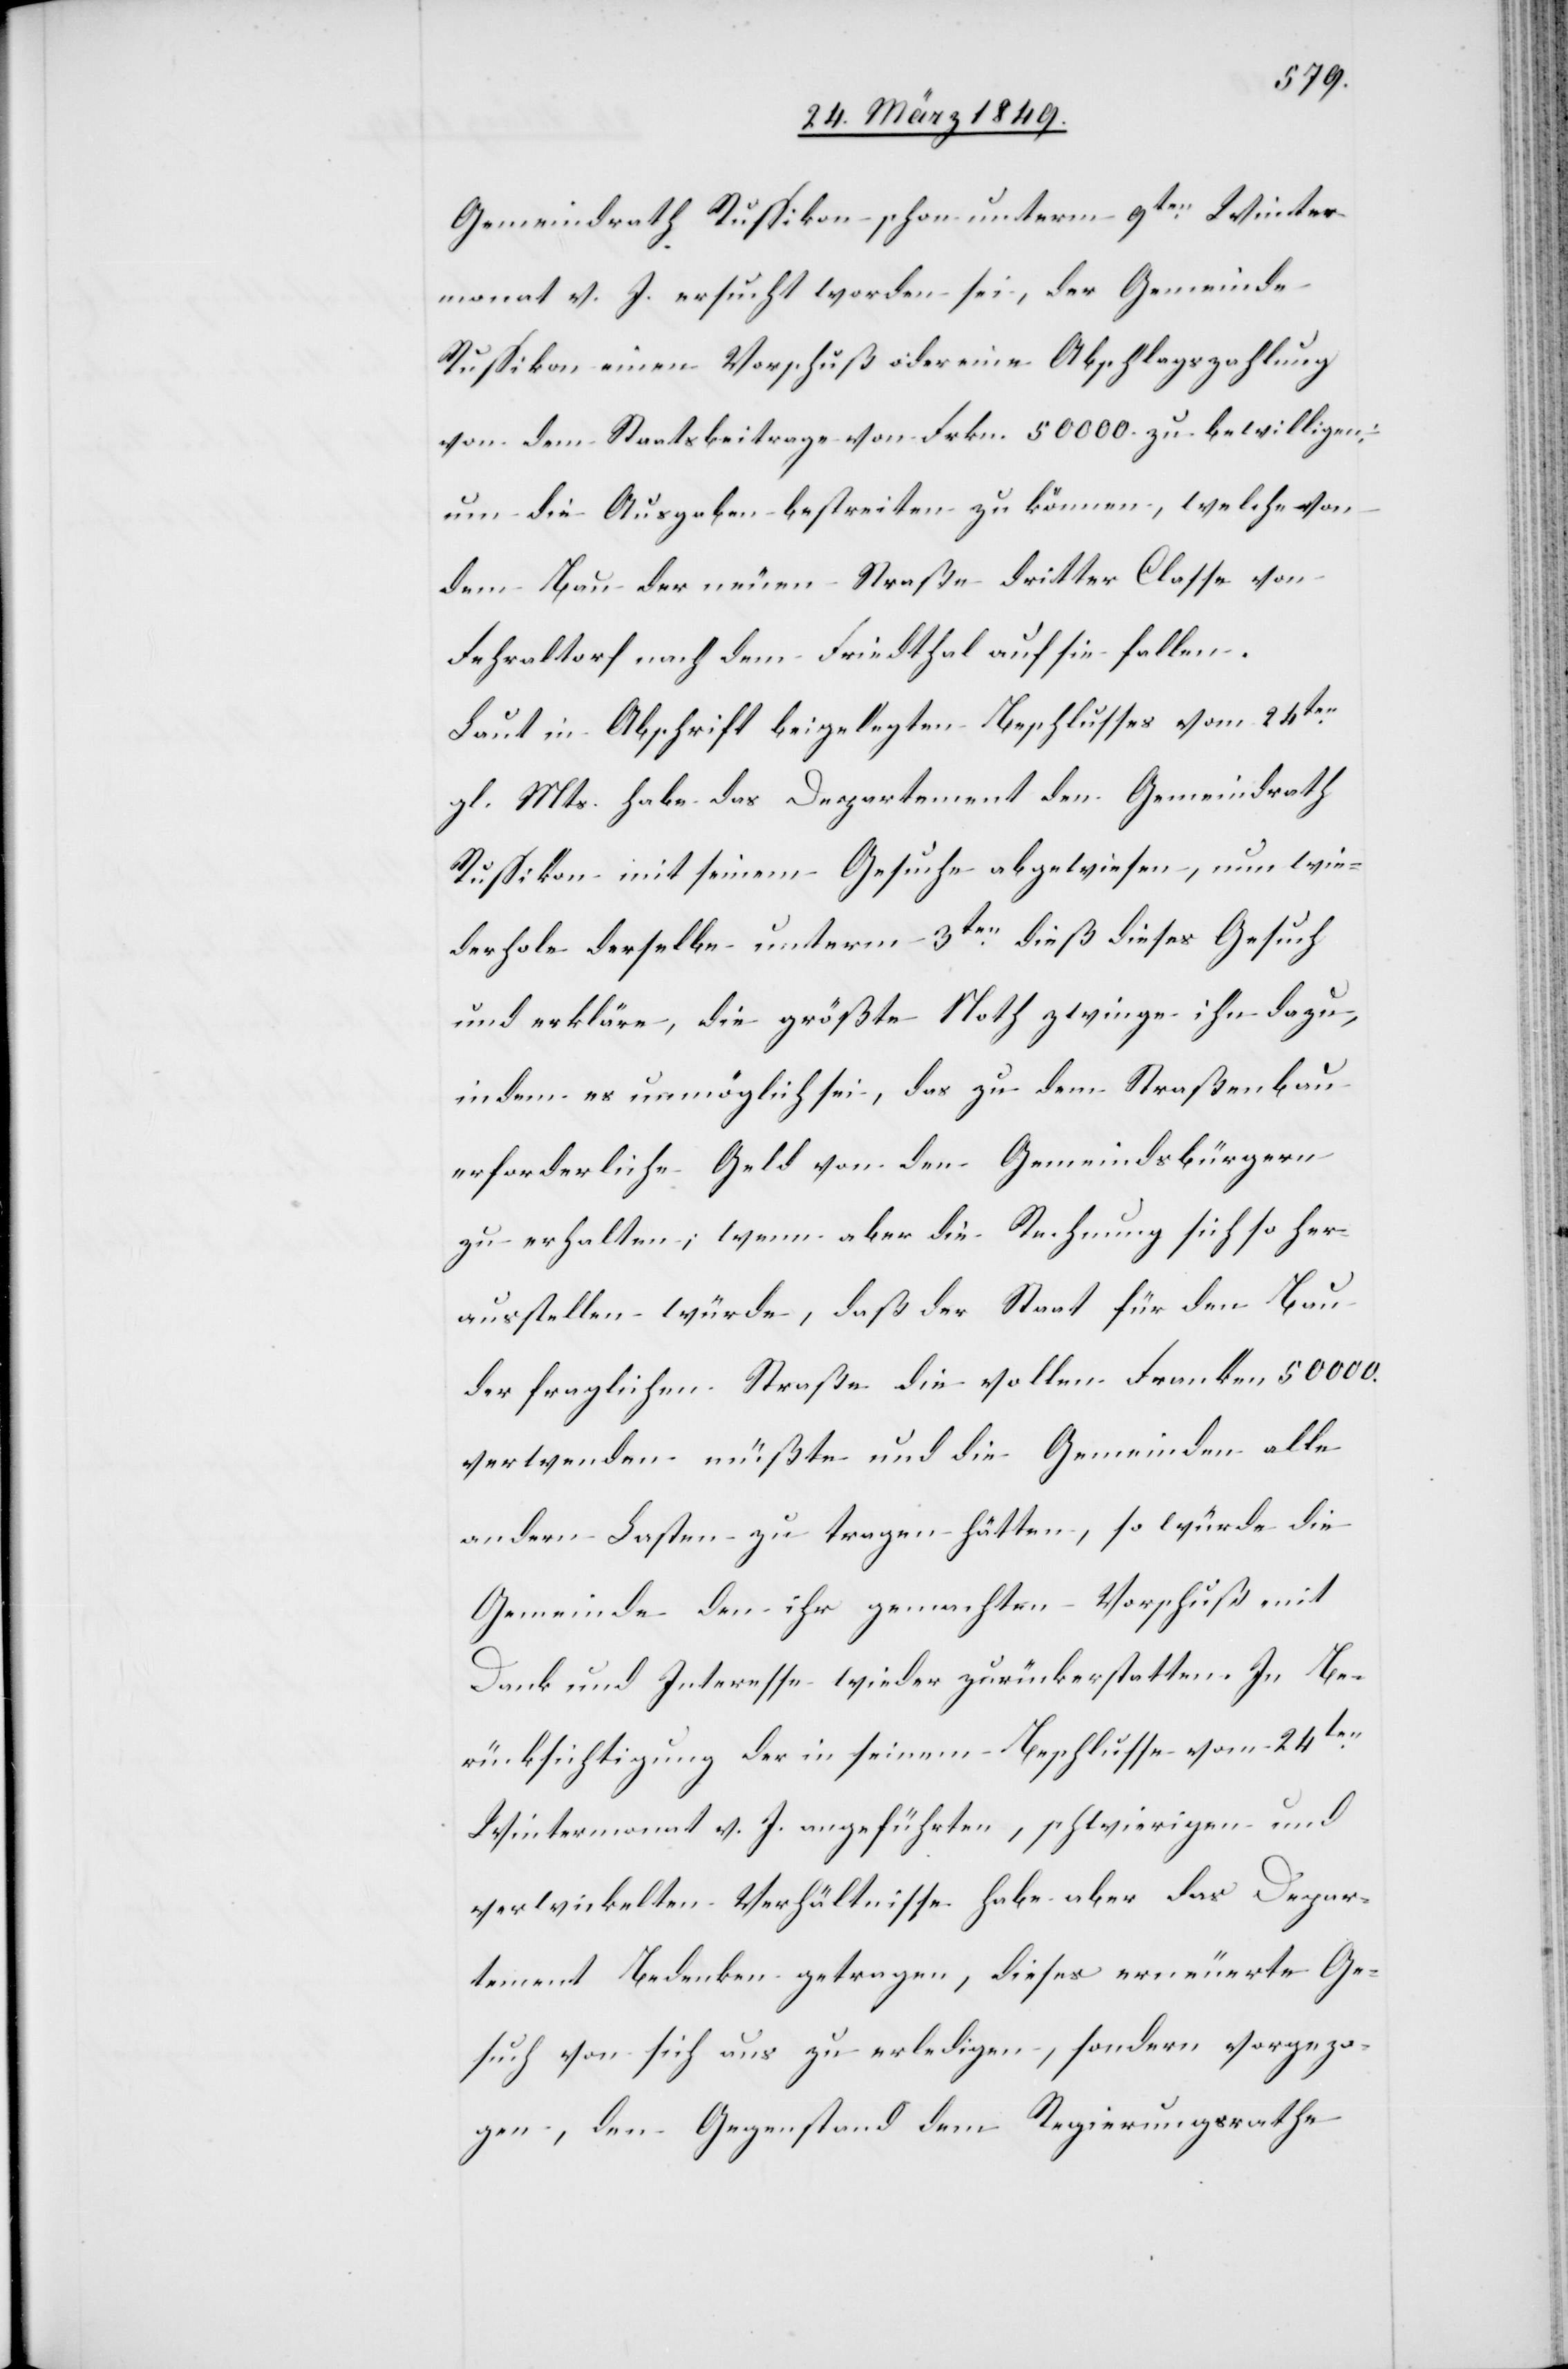
Gemeindrath Russikon schon unterm 9ten. Winter¬
monat v. J. ersucht worden sei, der Gemeinde
Russikon einen Vorschuß oder eine Abschlagszahlung
von dem Staatsbeitrage von Frkn. 50 000. zu bewilligen,
um die Ausgaben bestreiten zu können, welche von
dem Bau der neuen Straße dritter Classe von
Fehraltorf nach dem Friedthal auf sie fallen.
Laut in Abschrift beigelegten Beschlusses vom 24ten.
gl. Mts. habe das Departement den Gemeindrath
Russikon mit seinem Gesuche abgewiesen, nun wie¬
derhole derselbe unterm 3ten. dieß dieses Gesuch
und erkläre, die größte Noth zwinge ihn dazu,
indem es unmöglich sei, das zu dem Straßenbau
erforderliche Geld von den Gemeindsbürgern
zu erhalten; wenn aber die Rechnung sich so her¬
ausstellen würde, daß der Staat für den Bau
der fraglichen Straße die vollen Franken 50 000.
verwenden müßte und die Gemeinden alle
andern Lasten zu tragen hätten, so würde die
Gemeinde den ihr gemachten Vorschuß mit
Dank und Interesse wieder zurückerstatten. In Be¬
rücksichtigung der in seinem Beschlusse vom 24ten.
Wintermonat v. J. angeführten, schwierigen und
verwickelten Verhältnisse habe aber das Depar¬
tement Bedenken getragen, dieses erneuerte Ge¬
such von sich aus zu erledigen, sondern vorgezo¬
gen, den Gegenstand dem Regierungsrathe